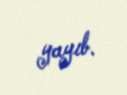
yayıb.